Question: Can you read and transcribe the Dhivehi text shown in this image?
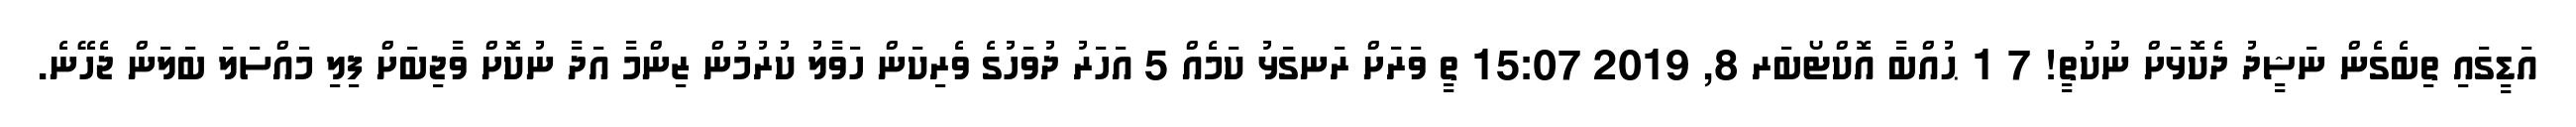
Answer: އަޑީގައި ތިބެގެން ނަޝީދު ދެކޮޅަށް ނުކުތީ! 7 1 ޙުއްބާ އޮކްޓޯބަރ 8, 2019 15:07 ތީ ވަރަށް ރަނގަޅު ކަމެއް 5 އަހަރު ދުވަހުގެ ވެރިކަން ހަވާލު ކުރުމުން ޒިންމާ އަދާ ނުކޮށް ވާޖިބަށް ފިލި މައްސަލަ ބަލަން ޖެހޭނެ.